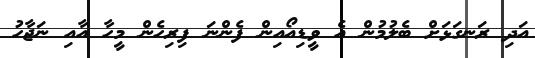
އަދި ރަނގަޅަށް ބެލުމުން އެ ވީޑިއޯއިން ފެންނަ ފިރިހެން މީހާ އާއި ނަޖާހު